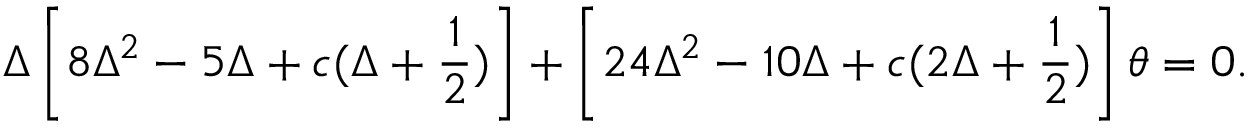
\Delta \left[ 8 \Delta ^ { 2 } - 5 \Delta + c ( \Delta + \frac { 1 } { 2 } ) \right] + \left[ 2 4 \Delta ^ { 2 } - 1 0 \Delta + c ( 2 \Delta + \frac { 1 } { 2 } ) \right] \theta = 0 .